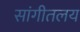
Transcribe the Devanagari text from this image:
सांगीतलय